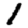
Digit: 1